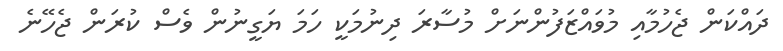
ދައްކަން ޖެހުމާއި މުވައްޒަފުންނަށް މުސާރަ ދިނުމަކީ ހަމަ ޔަގީނުން ވެސް ކުރަން ޖެހޭނެ